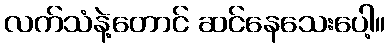
လက်သံနဲ့တောင် ဆင်နေသေးပေါ့။